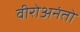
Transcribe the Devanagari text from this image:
वीरोअनंतो